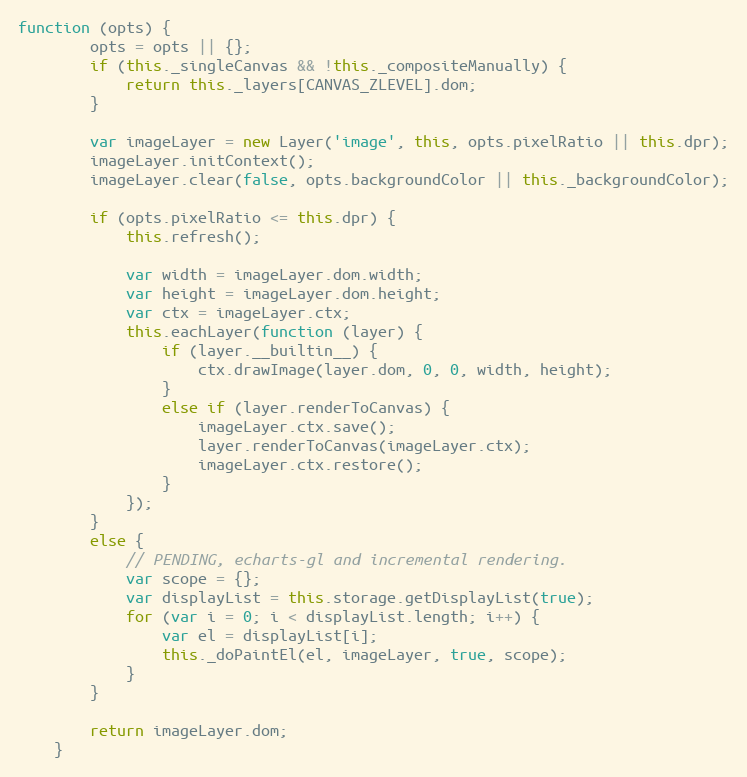
Language: JavaScript
function (opts) {
        opts = opts || {};
        if (this._singleCanvas && !this._compositeManually) {
            return this._layers[CANVAS_ZLEVEL].dom;
        }

        var imageLayer = new Layer('image', this, opts.pixelRatio || this.dpr);
        imageLayer.initContext();
        imageLayer.clear(false, opts.backgroundColor || this._backgroundColor);

        if (opts.pixelRatio <= this.dpr) {
            this.refresh();

            var width = imageLayer.dom.width;
            var height = imageLayer.dom.height;
            var ctx = imageLayer.ctx;
            this.eachLayer(function (layer) {
                if (layer.__builtin__) {
                    ctx.drawImage(layer.dom, 0, 0, width, height);
                }
                else if (layer.renderToCanvas) {
                    imageLayer.ctx.save();
                    layer.renderToCanvas(imageLayer.ctx);
                    imageLayer.ctx.restore();
                }
            });
        }
        else {
            // PENDING, echarts-gl and incremental rendering.
            var scope = {};
            var displayList = this.storage.getDisplayList(true);
            for (var i = 0; i < displayList.length; i++) {
                var el = displayList[i];
                this._doPaintEl(el, imageLayer, true, scope);
            }
        }

        return imageLayer.dom;
    }